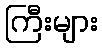
ကြီးများ